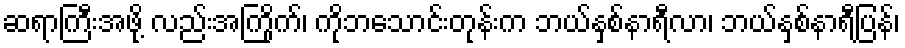
ဆရာကြီးအဖို့ လည်းအကြိုက်၊ ကိုဘသောင်းတုန်းက ဘယ်နှစ်နာရီလာ၊ ဘယ်နှစ်နာရီပြန်၊